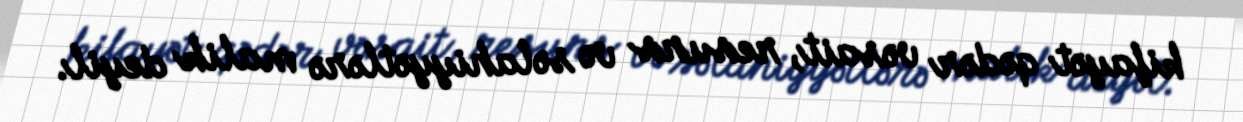
kifayət qədər vəsait, resurs və səlahiyyətlərə malik deyil.